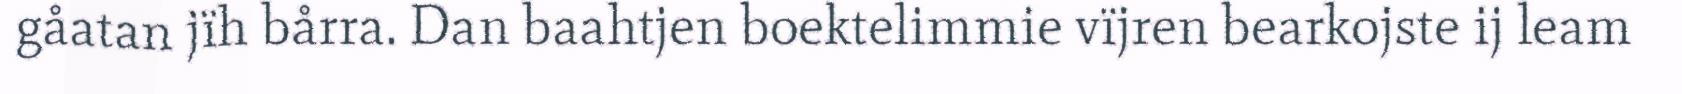
gåatan jïh bårra. Dan baahtjen boektelimmie vïjren bearkojste ij leam